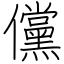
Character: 儻